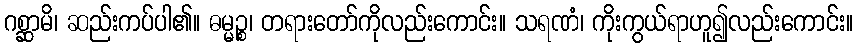
ဂစ္ဆာမိ၊ ဆည်းကပ်ပါ၏။ ဓမ္မဉ္စ၊ တရားတော်ကိုလည်းကောင်း။ သရဏံ၊ ကိုးကွယ်ရာဟူ၍လည်းကောင်း။